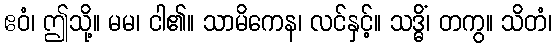
ဧဝံ၊ ဤသို့။ မမ၊ ငါ၏။ သာမိကေန၊ လင်နှင့်။ သဒ္ဓိံ၊ တကွ။ သိတံ၊